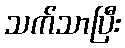
သက်သာပြီး